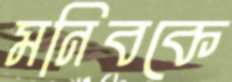
মনিবকে